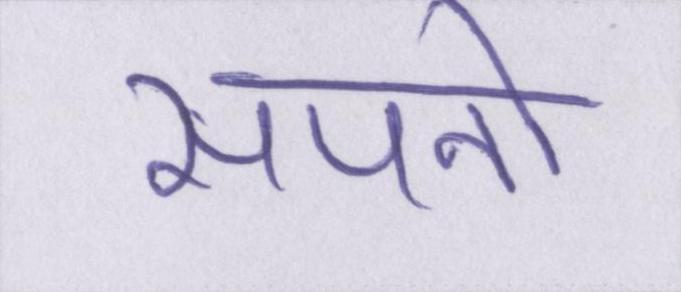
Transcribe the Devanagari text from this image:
सपनो